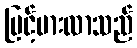
မြင့်မားလာသည်